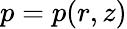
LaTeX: p=p(r,z)